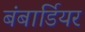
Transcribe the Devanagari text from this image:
बंबार्डियर